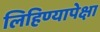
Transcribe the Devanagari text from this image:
लिहिण्यापेक्षा